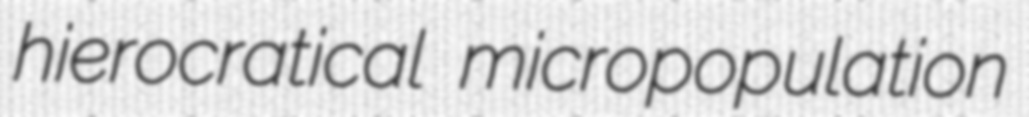
hierocratical micropopulation